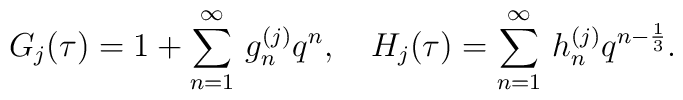
G_j(\tau)=1+\sum_{n=1}^{\infty}\,g_n^{(j)}q^{n},~~~H_j(\tau)=\sum_{n=1}^{\infty}\,h_n^{(j)}q^{n-\frac{1}{3}}.